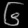
Digit: ၆